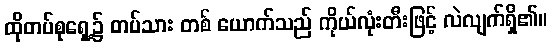
ထိုတပ်စုရှေ့၌ တပ်သား တစ် ယောက်သည် ကိုယ်လုံးတီးဖြင့် လဲလျက်ရှိ၏။